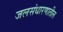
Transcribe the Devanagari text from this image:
जलसंधारणातील